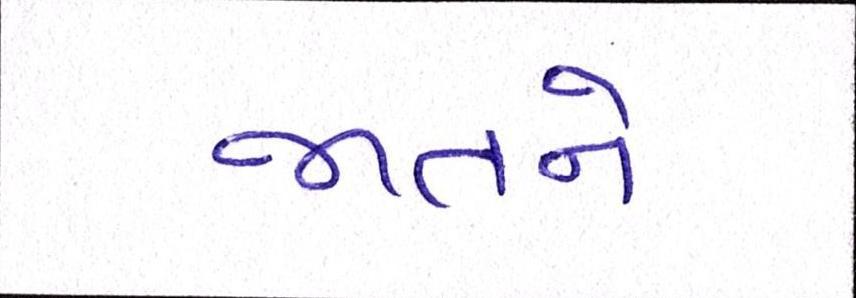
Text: જાતને